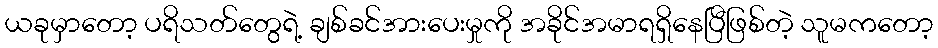
ယခုမှာတော့ ပရိသတ်တွေရဲ့ ချစ်ခင်အားပေးမှုကို အခိုင်အမာရရှိနေပြီဖြစ်တဲ့ သူမကတော့